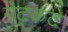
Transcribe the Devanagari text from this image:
गेट्कटे